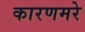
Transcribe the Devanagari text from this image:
कारणमरे